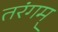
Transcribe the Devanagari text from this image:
तरंगम्